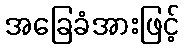
အခြေခံအားဖြင့်